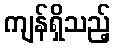
ကျန်ရှိသည့်